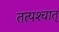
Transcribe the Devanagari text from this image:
तत्पश्‍चात्